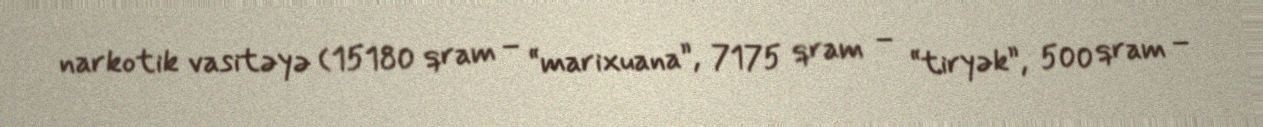
narkotik vasitəyə (15180 qram – “marixuana”, 7175 qram – “tiryək”, 500 qram –